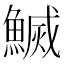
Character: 𬵢